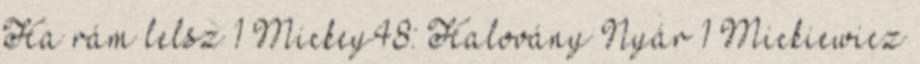
Ha rám lelsz 1 Mickey48: Halovány Nyár 1 Mickiewicz